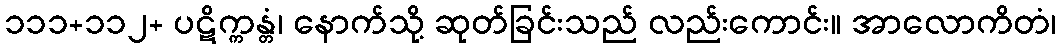
၁၁၁+၁၁၂+ ပဋိက္ကန္တံ၊ နောက်သို့ ဆုတ်ခြင်းသည် လည်းကောင်း။ အာလောကိတံ၊